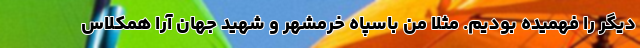
دیگر را فهمیده بودیم. مثلا من باسپاه خرمشهر و شهید جهان آرا همکلاس